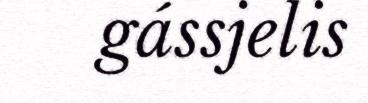
gássjelis